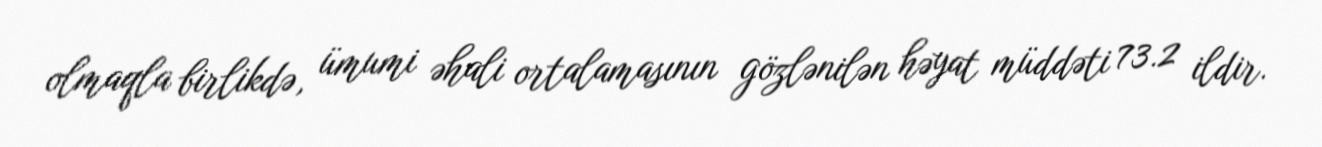
olmaqla birlikdə, ümumi əhali ortalamasının gözlənilən həyat müddəti 73.2 ildir.